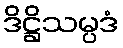
ဒိဋ္ဌိသမ္ပဒံ